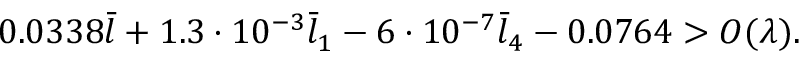
0 . 0 3 3 8 \bar { l } + 1 . 3 \cdot 1 0 ^ { - 3 } \bar { l } _ { 1 } - 6 \cdot 1 0 ^ { - 7 } \bar { l } _ { 4 } - 0 . 0 7 6 4 > O ( \lambda ) .